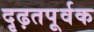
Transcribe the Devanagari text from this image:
दृढ़तपूर्वक